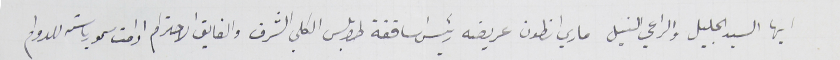
ايها السيد الجليل والراعي النبيل ماري انطون عريضه رئيس اساقفة طرابلس الكلي الشرف والفايق الاحترام ادامت سمو رياسته للدوام